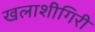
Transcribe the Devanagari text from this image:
खलाशीगिरी